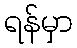
ရန်မှာ